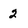
Character: 2